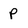
Character: p